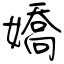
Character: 嬌